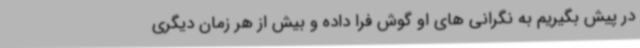
در پیش بگیریم به نگرانی های او گوش فرا داده و بیش از هر زمان دیگری